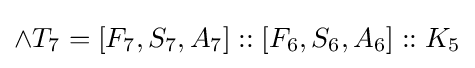
\land T_{7}=[F_{7},S_{7},A_{7}]::[F_{6},S_{6},A_{6}]::K_{5}